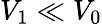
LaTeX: V_{1}\ll V_{0}